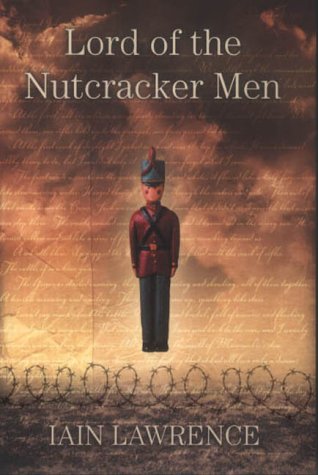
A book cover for Lord of the Nutcracker Men; Iain Lawrence; Teen & Young Adult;